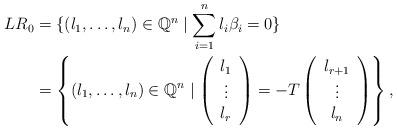
LaTeX: \begin{align*} LR_0 &= \{(l_1,\dots,l_n)\in\mathbb{Q}^n \mid \sum_{i=1}^nl_i\beta_i=0\} \\ &= \left\{(l_1,\dots,l_n)\in\mathbb{Q}^n \mid \left( \begin{array}{c} {l}_1\\ \vdots\\ {l}_r \end{array} \right) =- T \left( \begin{array}{c} {l}_{r+1}\\ \vdots\\ {l}_n \end{array} \right)\right\}, \end{align*}